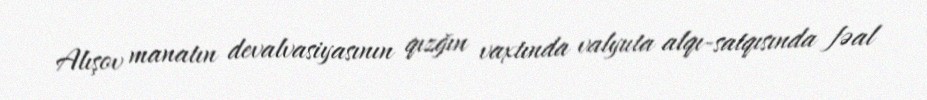
Alışov manatın devalvasiyasının qızğın vaxtında valyuta alqı-satqısında fəal